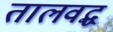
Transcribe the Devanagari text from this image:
तालवद्ध